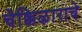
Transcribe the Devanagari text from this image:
चेक्किऴाराचे